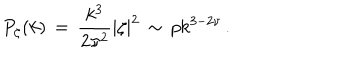
P _ { \zeta } ( k ) \, = \, { \frac { k ^ { 3 } } { 2 \pi ^ { 2 } } } | \zeta | ^ { 2 } \, \sim \, p k ^ { 3 - 2 \nu } \, .